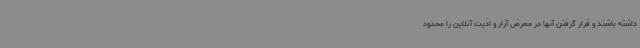
داشته باشند و قرار گرفتن آنها در معرض آزار و اذیت آنلاین را محدود